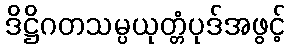
ဒိဋ္ဌိဂတသမ္ပယုတ္တံပုဒ်အဖွင့်